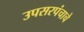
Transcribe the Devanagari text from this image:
उपसरपंचाचे